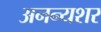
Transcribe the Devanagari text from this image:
अनन्यशर